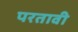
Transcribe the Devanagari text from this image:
परतावी